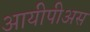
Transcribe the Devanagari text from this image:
आयीपीअस